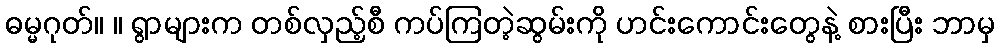
ဓမ္မဂုတ်။ ။ ရွာများက တစ်လှည့်စီ ကပ်ကြတဲ့ဆွမ်းကို ဟင်းကောင်းတွေနဲ့ စားပြီး ဘာမှ